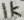
Text: 1k